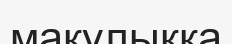
мақұлыққа